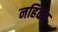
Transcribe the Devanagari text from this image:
नहिवत